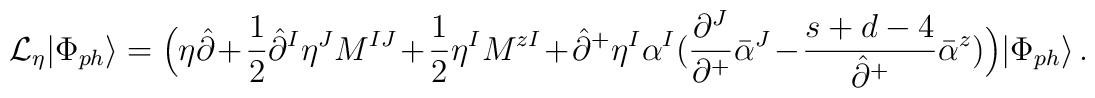
{\cal L}_\eta|\Phi_{ph}\rangle=\Bigl(\eta\hat{\partial}+\frac{1}{2}\hat{\partial}^I\eta^JM^{IJ}+\frac{1}{2}\eta^IM^{zI}+\hat{\partial}^+\eta^I\alpha^I(\frac{\partial^J}{\partial^+}\bar{\alpha}^J-\frac{s+d-4}{\hat{\partial}^+}\bar{\alpha}^z)\Bigr)|\Phi_{ph}\rangle\,.